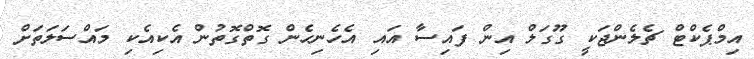
އިމްޕެކްޓް ޗެލެންޖަކީ ގޫގަލް އިން ފައިސާ އައި އެހެނިހެން ގޮތްގޮތުން އެކިއެކި މައްސަލަތަށް